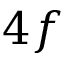
4 f